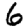
Digit: 6